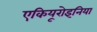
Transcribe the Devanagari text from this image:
एकियूरोइनिया